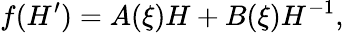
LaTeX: f(H^{\prime})=A(\xi)H+B(\xi)H^{-1},